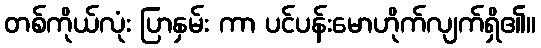
တစ်ကိုယ်လုံး ပြာနှမ်း ကာ ပင်ပန်းမောဟိုက်လျက်ရှိ၏။